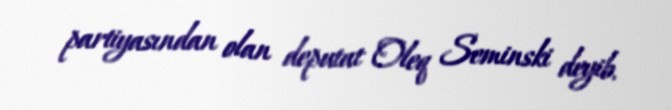
partiyasından olan deputat Oleq Seminski deyib.